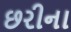
છરીના